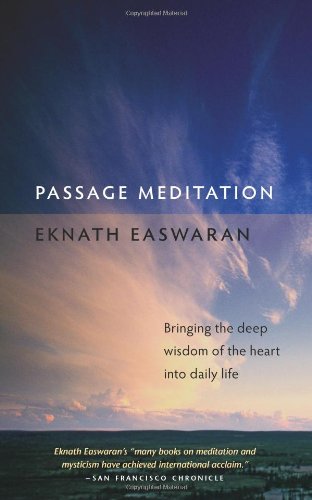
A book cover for Passage Meditation: Bringing the Deep Wisdom of the Heart into Daily Life (Essential Easwaran Library); Eknath Easwaran; Politics & Social Sciences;